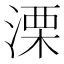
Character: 溧